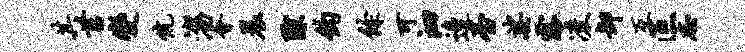
其莒变伉淄会晨隙钧余可泗边台娑露凌卸互叵志